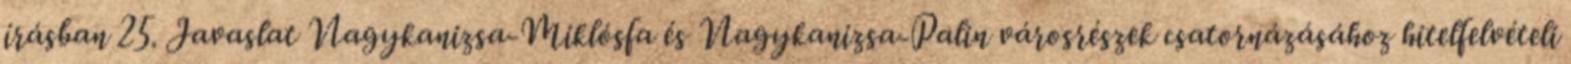
írásban 25. Javaslat Nagykanizsa-Miklósfa és Nagykanizsa-Palin városrészek csatornázásához hitelfelvételi